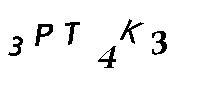
3PT4K3